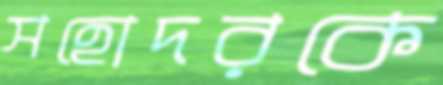
সহোদরকে